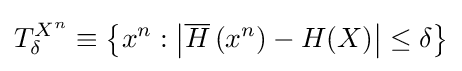
T_{\delta }^{X^{n}}\equiv \left\{x^{n}:\left\vert {\overline {H}}\left(x^{n}\right)-H(X)\right\vert \leq \delta \right\}